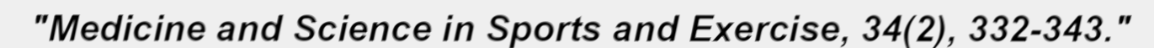
"Medicine and Science in Sports and Exercise, 34(2), 332-343."